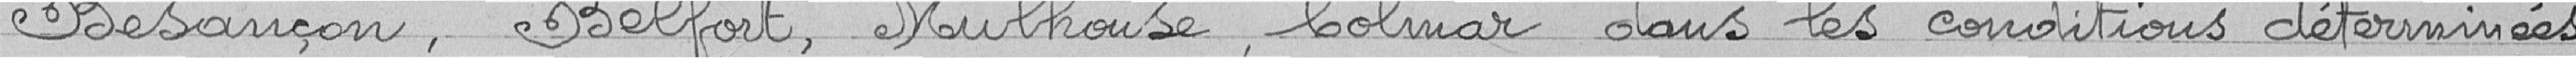
Besançon, Belfort, Mulhouse, Colmar dans les conditions déterminées